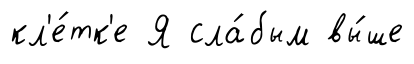
кл'е́тк'е Я сла́бым вы́ше